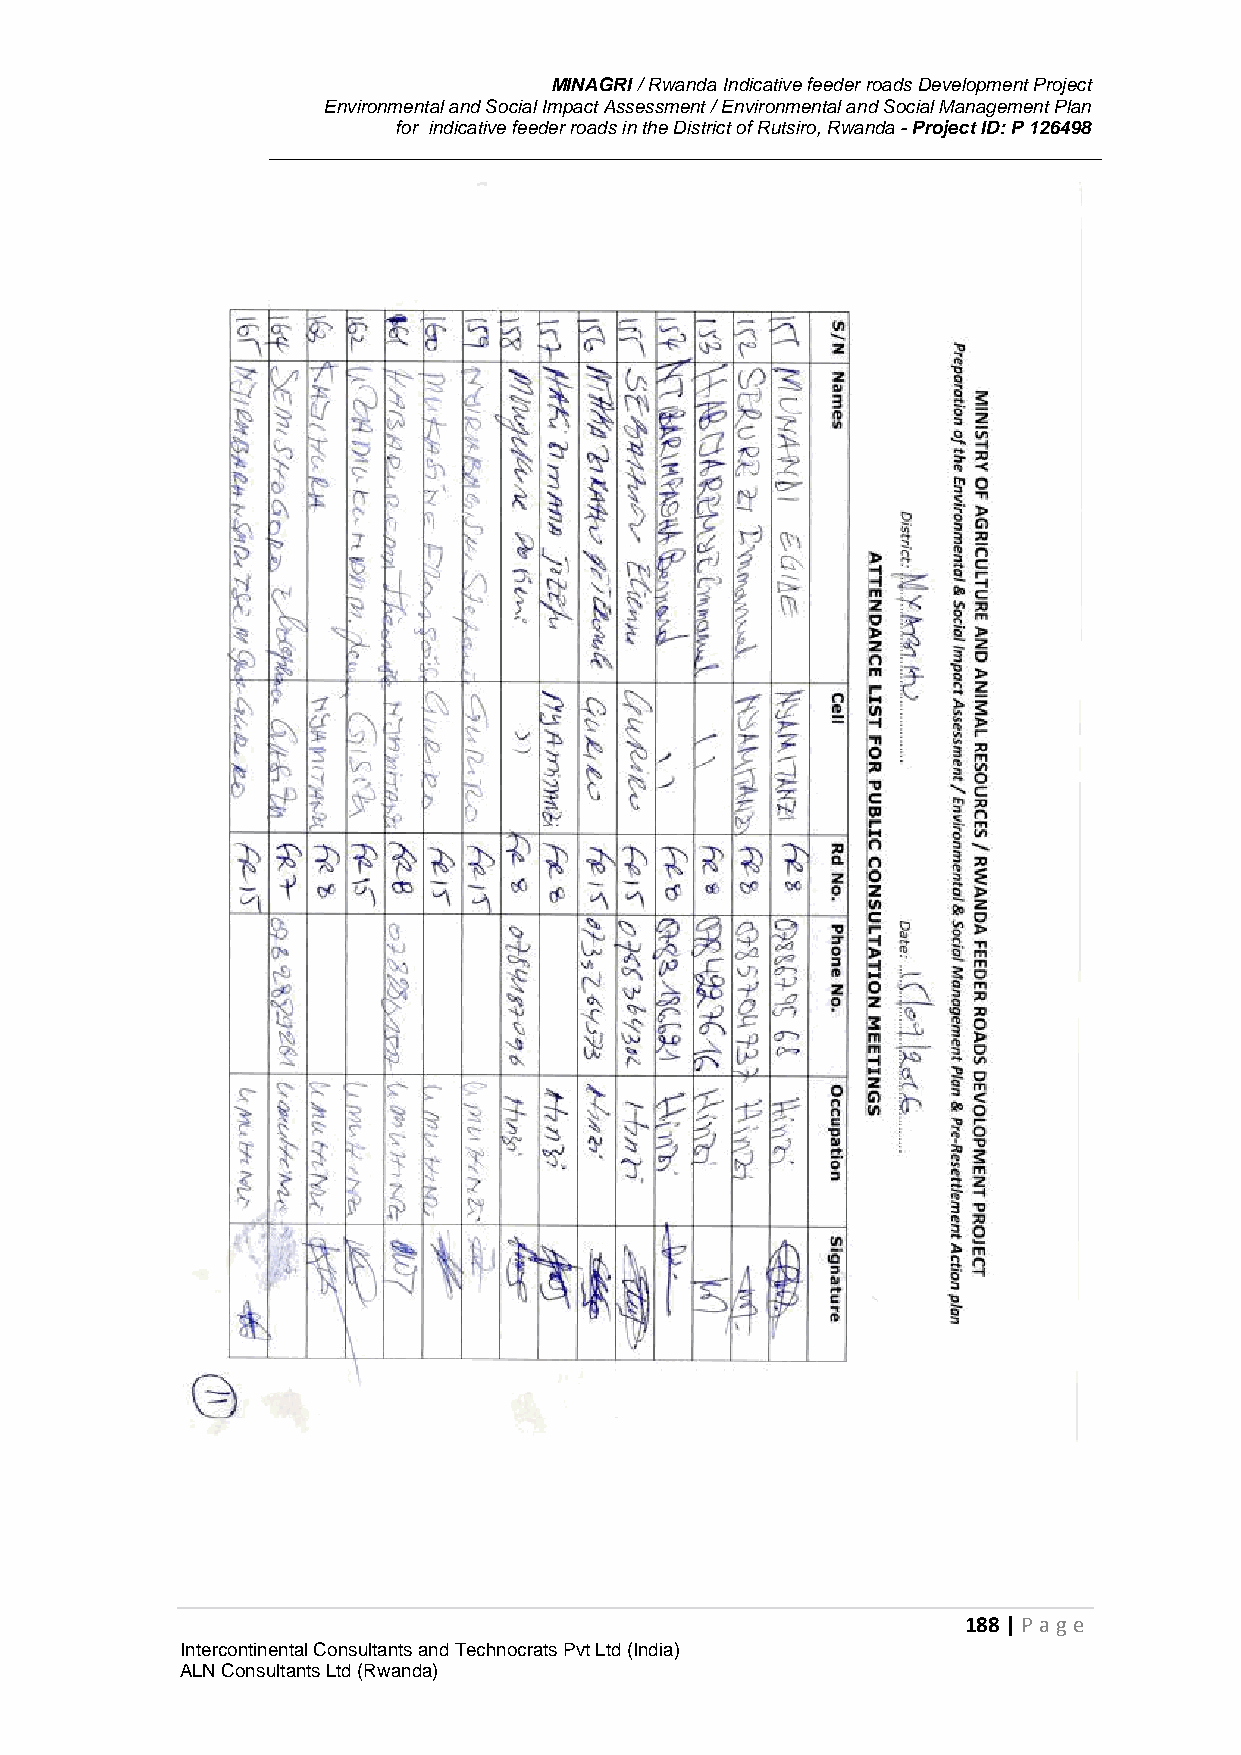
MINAGRI / Rwanda Indicative feeder roads Development Project
 Environmental and Social Impact Assessment / Environmental and Social Management Plan
 for indicative feeder roads in the District of Rutsiro, Rwanda - Project ID: P 126498
 188 | P age
 Intercontinental Consultants and Technocrats Pvt Ltd (India)
 ALN Consultants Ltd (Rwanda)